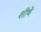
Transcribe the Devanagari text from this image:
शीषे